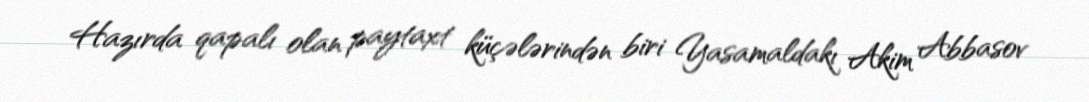
Hazırda qapalı olan paytaxt küçələrindən biri Yasamaldakı Akim Abbasov